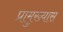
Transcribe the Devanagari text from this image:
प्रामुख्यास